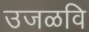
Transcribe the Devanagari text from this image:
उजळवि